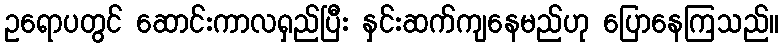
ဥရောပတွင် ဆောင်းကာလရှည်ပြီး နှင်းဆက်ကျနေမည်ဟု ပြောနေကြသည်။